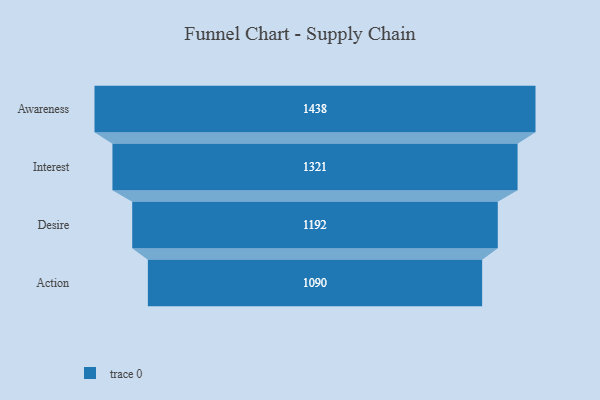
{"axis": {"x": "Stage", "y": "Value"}, "legend": [""], "data": [{"x": "Awareness", "y": 1438.0, "type": ""}, {"x": "Interest", "y": 1321.0, "type": ""}, {"x": "Desire", "y": 1192.0, "type": ""}, {"x": "Action", "y": 1090.0, "type": ""}]}